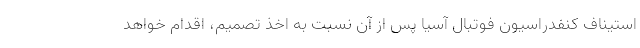
استیناف کنفدراسیون فوتبال آسیا پس از آن نسبت به اخذ تصمیم، اقدام خواهد